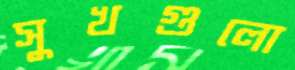
সুখগুলো